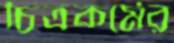
চিত্রকর্মের